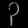
Digit: ၃